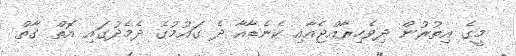
މީގެ އިތުރުން ދިވެހިރާއްޖެއާއި ކެނެޑާއާ ދެ ގައުމުގެ ދެމެދުގައި އޮތް ގާތް